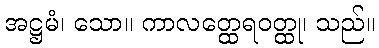
အဋ္ဌမံ၊ သော။ ကာလတ္ထေရဝတ္ထု၊ သည်။